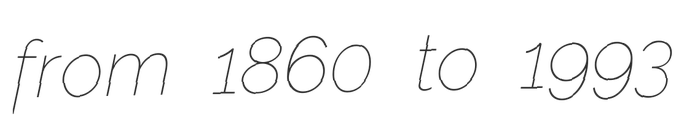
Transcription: from 1860 to 1993